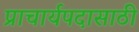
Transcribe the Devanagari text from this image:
प्राचार्यपदासाठी